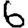
Digit: 6